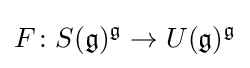
F\colon S({\mathfrak {g}})^{\mathfrak {g}}\to U({\mathfrak {g}})^{\mathfrak {g}}